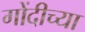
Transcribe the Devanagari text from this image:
गोंदीच्या